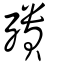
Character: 殨